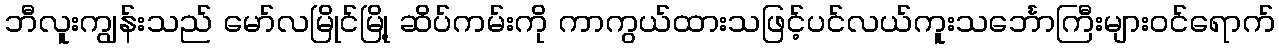
ဘီလူးကျွန်းသည် မော်လမြိုင်မြို့ ဆိပ်ကမ်းကို ကာကွယ်ထားသဖြင့်ပင်လယ်ကူးသင်္ဘောကြီးများဝင်ရောက်